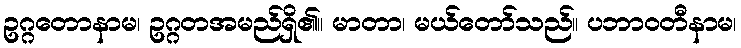
ဥဂ္ဂတောနာမ၊ ဥဂ္ဂတအမည်ရှိ၏။ မာတာ၊ မယ်တော်သည်။ ပဘာဝတီနာမ၊